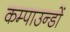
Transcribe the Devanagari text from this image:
कम्पाउन्डों